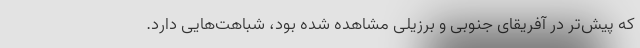
که پیش‌تر در آفریقای جنوبی و برزیلی مشاهده شده بود، شباهت‌هایی دارد.